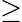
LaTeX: \ge